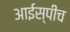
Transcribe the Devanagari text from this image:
आईस्पीच